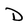
Character: D